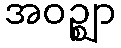
အဝဉ္ဈာ